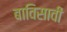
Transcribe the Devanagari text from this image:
बाविसावी